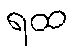
ရထ